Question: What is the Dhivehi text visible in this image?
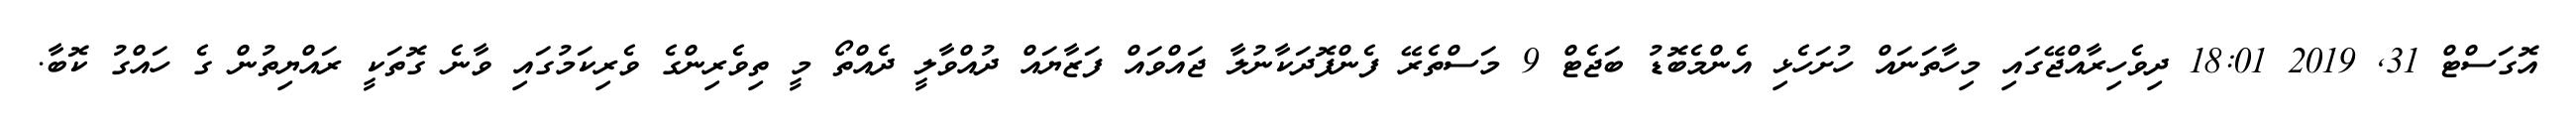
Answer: އޮގަސްޓް 31, 2019 18:01 ދިވެހިރާއްޖޭގައި މިހާތަނައް ހުށަހެޅި އެންމެބޮޑު ބަޖެޓް 9 މަސްތެރޭ ފެންފޮދަކާނުލާ ޖައްވައް ފަޒާޔައް ދުއްވާލީ ދެއްތޯ މީ ތިވެރިންގެ ވެރިކަމުގައި ވާނެ ގޮތަކީ ރައްޔިތުން ގެ ހައްގު ކޮބާ.